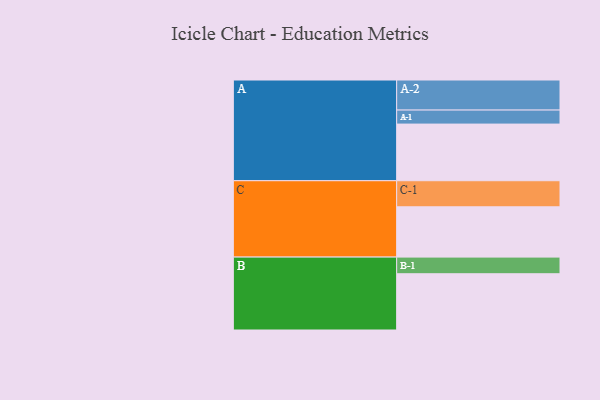
{"axis": {"x": "Segment", "y": "Value"}, "legend": ["", "A", "B", "C"], "data": [{"x": "A", "y": 456, "type": ""}, {"x": "B", "y": 453, "type": ""}, {"x": "C", "y": 405, "type": ""}, {"x": "A-1", "y": 113, "type": "A"}, {"x": "A-2", "y": 242, "type": "A"}, {"x": "B-1", "y": 134, "type": "B"}, {"x": "C-1", "y": 210, "type": "C"}]}